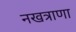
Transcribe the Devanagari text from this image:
नखत्राणा